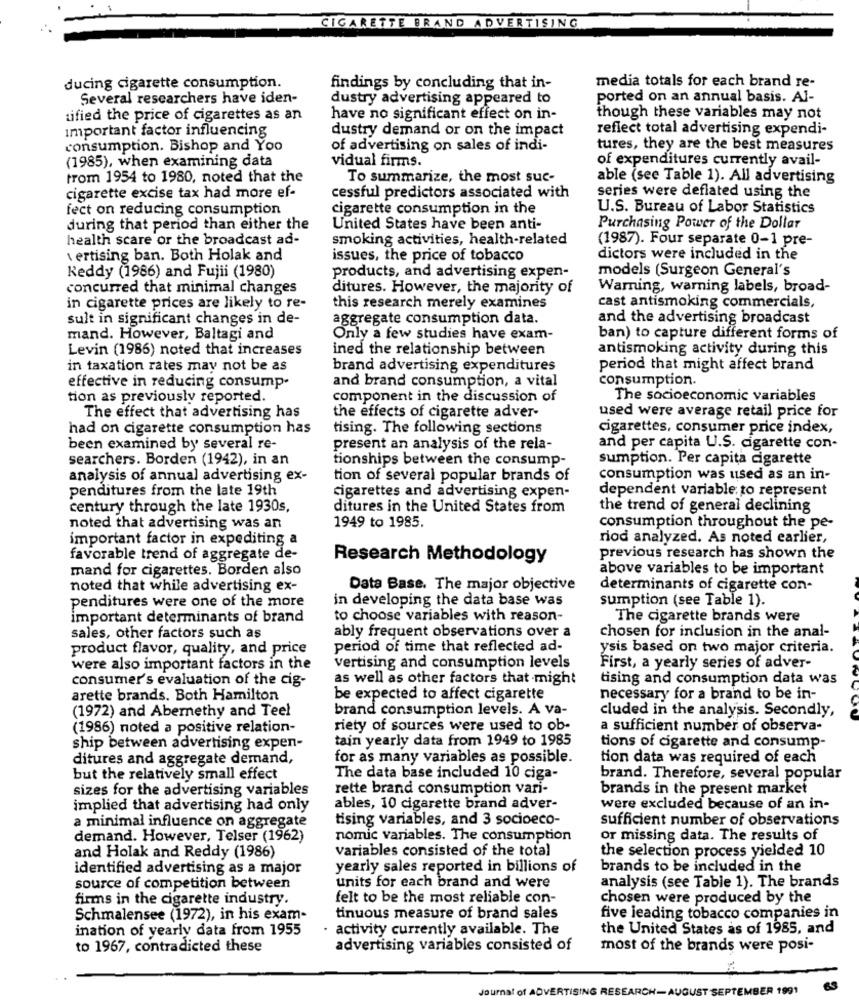
CIGARETTE BRAND ADVERTISING
media totals for each brand re-
ducing cigarette consumption.
findings by concluding that in-
Several researchers have iden-
dustry advertising appeared to
ported on an annual basis. Al-
tified the price of cigarettes as an
have no significant effect on in-
though these variables may not
Important factor influencing
dustry demand or on the impact
reflect total advertising expendi-
consumption. Bishop and Yoo
of advertising on sales of indi-
tures, they are the best measures
vidual firms.
of expenditures currently avail-
(1985), when examining data
trom 1954 to 1980, noted that the
To summarize, the most suc-
able (see Table 1). All advertising
cigarette excise tax had more ef-
cessful predictors associated with
series were deflated using the
fect on reducing consumption
cigarette consumption in the
U.S. Bureau of Labor Statistics
during that period than either the
United States have been anti-
Purchasing Power of the Dollar
health scare or the broadcast ad-
smoking activities, health-related
(1987). Four separate 0-1 pre-
\ ertising ban. Both Holak and
issues, the price of tobacco
dictors were included in the
models (Surgeon General's
Keddy (1986) and Fujii (1980)
products, and advertising expen-
concurred that minimal changes
ditures. However, the majority of
Warning, warning labels, broad-
cast antismoking commercials,
in cigarette prices are likely to re-
this research merely examines
sult in significant changes in de-
aggregate consumption data.
and the advertising broadcast
mand. However, Baltagi and
Only a few studies have exam-
ban) to capture different forms of
Levin (1986) noted that increases
ined the relationship between
antismoking activity during this
in taxation rates may not be as
brand advertising expenditures
period that might affect brand
and brand consumption, a vital
consumption.
effective in reducing consump-
tion as previously reported.
component in the discussion of
The socioeconomic variables
used were average retail price for
The effect that advertising has
the effects of cigarette adver-
had on cigarette consumption has
tising. The following sections
cigarettes, consumer price index,
been examined by several re-
present an analysis of the rela-
and per capita U.S. cigarette con-
searchers. Borden (1942), in an
tionships between the consump-
sumption. Per capita cigarette
analysis of annual advertising ex-
tion of several popular brands of
consumption was used as an in-
penditures from the late 19th
cigarettes and advertising expen-
dependent variable to represent
century through the late 1930s,
ditures in the United States from
the trend of general declining
noted that advertising was an
1949 to 1985.
consumption throughout the pe-
important factor in expediting a
riod analyzed. As noted earlier,
favorable trend of aggregate de-
Research Methodology
previous research has shown the
mand for cigarettes. Borden also
above variables to be important
noted that while advertising ex-
Data Base. The major objective
determinants of cigarette con-
in developing the data base was
sumption (see Table 1).
penditures were one of the more
important determinants of brand
to choose variables with reason-
The cigarette brands were
sales, other factors such as
ably frequent observations over a
chosen for inclusion in the anal-
product flavor, quality, and price
period of time that reflected ad-
ysis based on two major criteria.
were also important factors in the
vertising and consumption levels
First, a yearly series of adver-
consumer's evaluation of the cig-
as well as other factors that might
tising and consumption data was
arette brands. Both Hamilton
be expected to affect cigarette
necessary for a brand to be in-
(1972) and Abernethy and Teel
brand consumption levels. A va-
cluded in the analysis. Secondly,
(1986) noted a positive relation-
riety of sources were used to ob-
a sufficient number of observa-
tain yearly data from 1949 to 1985
ship between advertising expen-
tions of cigarette and consump-
ditures and aggregate demand,
for as many variables as possible.
tion data was required of each
but the relatively small effect
The data base included 10 ciga-
brand. Therefore, several popular
sizes for the advertising variables
rette brand consumption vari-
brands in the present market
implied that advertising had only
ables, 10 cigarette brand adver-
were excluded because of an in-
a minimal influence on aggregate
tising variables, and 3 socioeco-
sufficient number of observations
demand. However, Telser (1962)
nomic variables. The consumption
or missing data. The results of
variables consisted of the total
the selection process yielded 10
and Holak and Reddy (1986)
identified advertising as a major
yearly sales reported in billions of
brands to be included in the
source of competition between
units for each brand and were
analysis (see Table 1). The brands
firms in the cigarette industry.
felt to be the most reliable con-
chosen were produced by the
Schmalensee (1972), in his exam-
tinuous measure of brand sales
five leading tobacco companies in
ination of yearly data from 1955
activity currently available. The
the United States as of 1985, and
to 1967, contradicted these
advertising variables consisted of
most of the brands were posi-
Journal
BER 1991